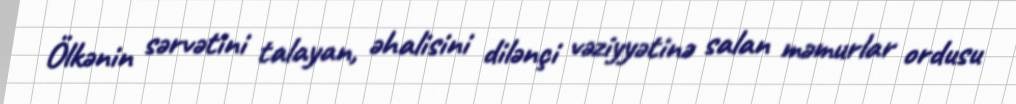
Ölkənin sərvətini talayan, əhalisini dilənçi vəziyyətinə salan məmurlar ordusu